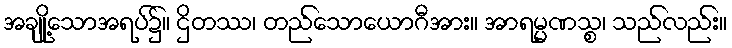
အချို့သောအရပ်၌။ ဌိတဿ၊ တည်သောယောဂီအား။ အာရမ္မဏသ္စ၊ သည်လည်း။